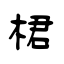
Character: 桾